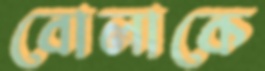
বোলাকে